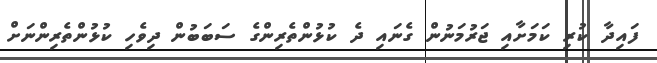
ފައިދާ ކުރި ކަމަށާއި ޖަރުމަނުން ގެނައި ދެ ކުޅުންތެރިންގެ ސަބަބުން ދިވެހި ކުޅުންތެރިންނަށް